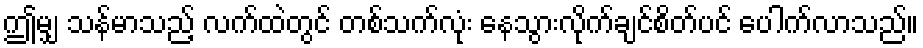
ဤမျှ သန်မာသည့် လက်ထဲတွင် တစ်သက်လုံး နေသွားလိုက်ချင်စိတ်ပင် ပေါက်လာသည်။